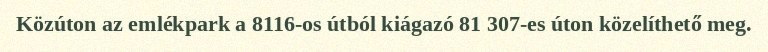
Közúton az emlékpark a 8116-os útból kiágazó 81 307-es úton közelíthető meg.